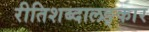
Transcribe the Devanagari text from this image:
रीतिशब्दालङ्कार